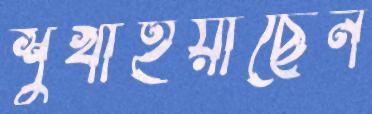
শুখাইয়াছেন